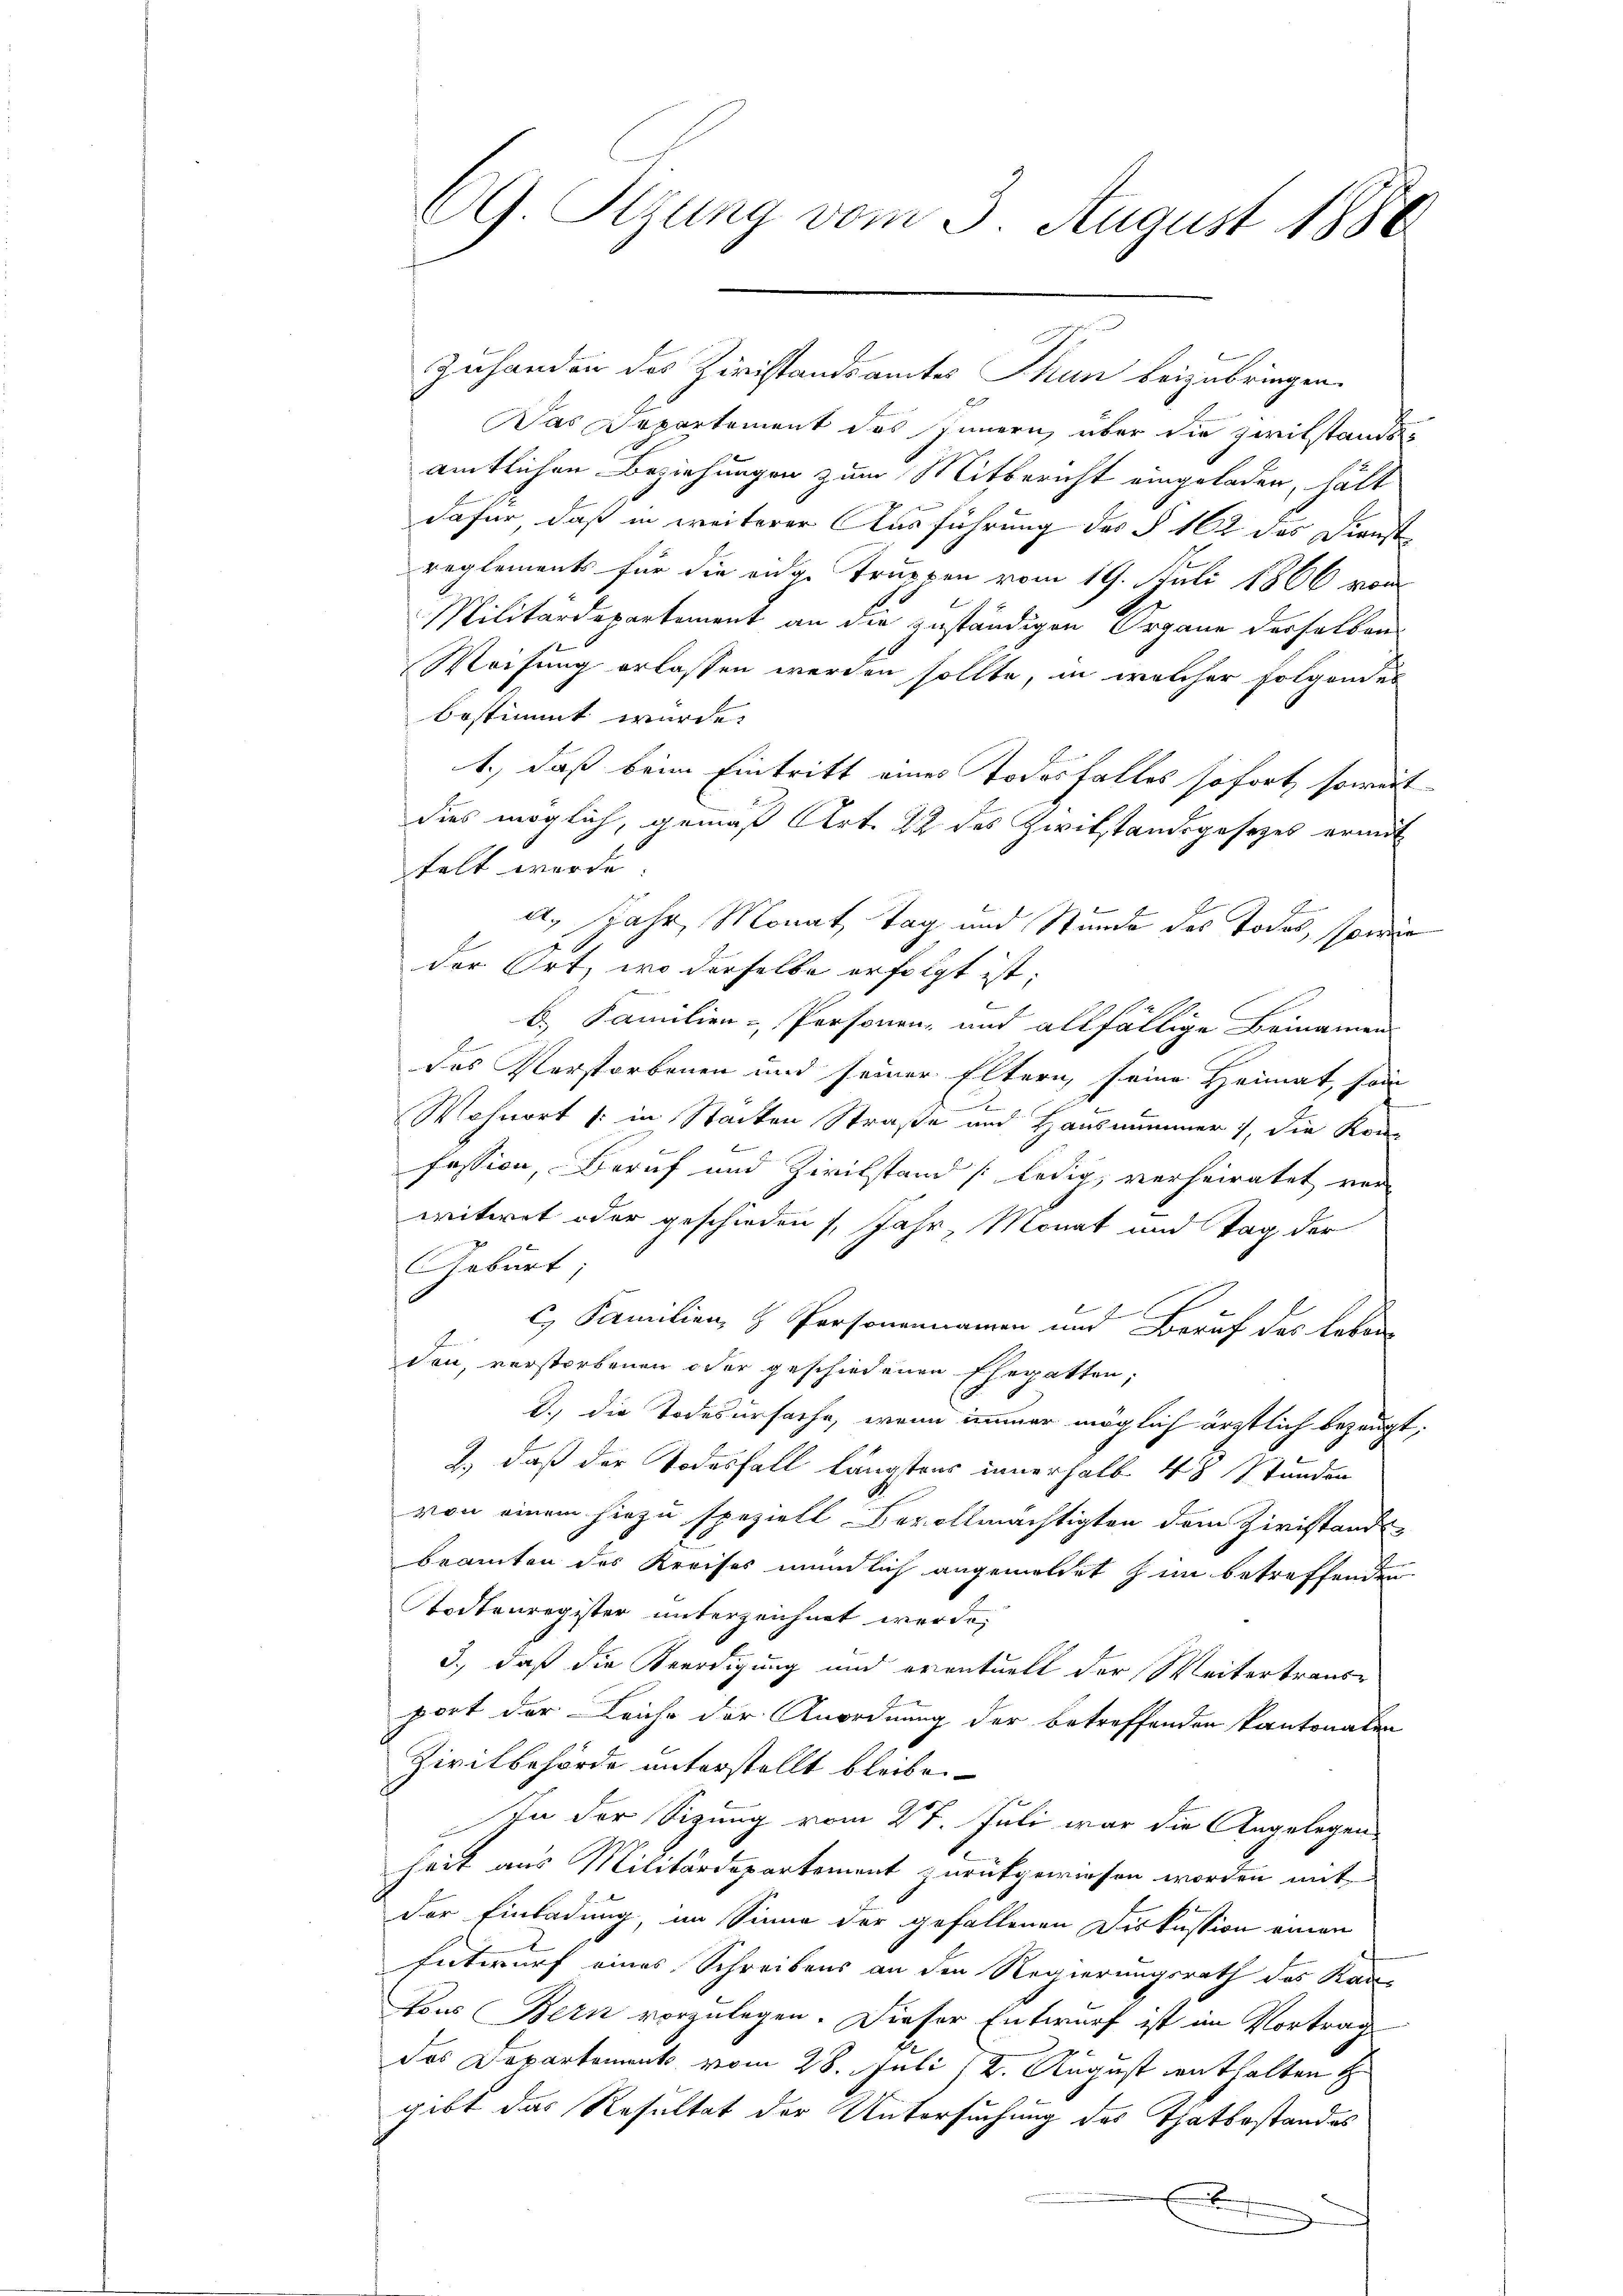
69 Stzung vom 3. August 1886

Zuhanden des Ziristandsamtes Thun beizubringen.
Das Departement des Innern über die zwilstands
amtlichen Beziehungen zum Mitbericht eingeladen, hätt
dafür, daß in weiterer Ausführung des § 162 des Dienstreglements für die eige Truppen vom 19. Juli 1866 vom
Militärdepartement an der zuständigen Organe derselben
Weisung erlassen werden sollte, in welcher folgendes
bestimmt wurde.
1., daß beim Eintritt eines Todesfalles sofort, soweit
dies möglich, gemäß Art. 22 des Zwikstandsgesezes ermit
telt werde.
E
et. Jahr, Monat, Tag und Stunde des Todes, sowie
x
der Ort, wo derselbe erfolgt ist;
b. Familien-, Personen, und allfällige Beinamen
das Verstorbenen und seiner Eltern seine Heimat, sein
Wohnort (: in Stacken Straße und Hausnummer 1, die Kon-
fession, Beruf und Zivilstand (ledig, verheiratet vor
witwet oder geschieden 1 Jahr, Monat und Tag der
Geburt,
c. Familien H. Personennamen und Beruf des Leben
den, verstorbenen oder geschiedenen Ehegatten,
d.) die Todesursache, wenn immer möglich ärztlich bezeugt,
2.) daß der Todesfall längstens innerhalb 48 Stunden
von einem hiezu speziell Bevollmächtigten dem Ziristands-
beamten des Kreises mündlich angemeldet hin betreffenden
Todtenregister unterzeichnet werde,
3., daß die Beerdigung und eventuell der Weitertraus-
port der Leiche der Anordnung der betreffenden kantonalen
Zivilbehörde unterstellt bleibe.
In der Sizung vom 27. Juli war die Angelegen
heit aus Militärdepartement zurückgewiesen worden mitder Einladung, im Sinne der gefallenen Diskussion einen
Entwurf eines Schreibens an den Regierungsrath des Kantons Bern vorzulegen. Dieser Entwurf ist im Vortrag
das Departement vom 28. Juli 12. August enthalten
gibt das Resultat der Untersuchung des Thatbestandes
.